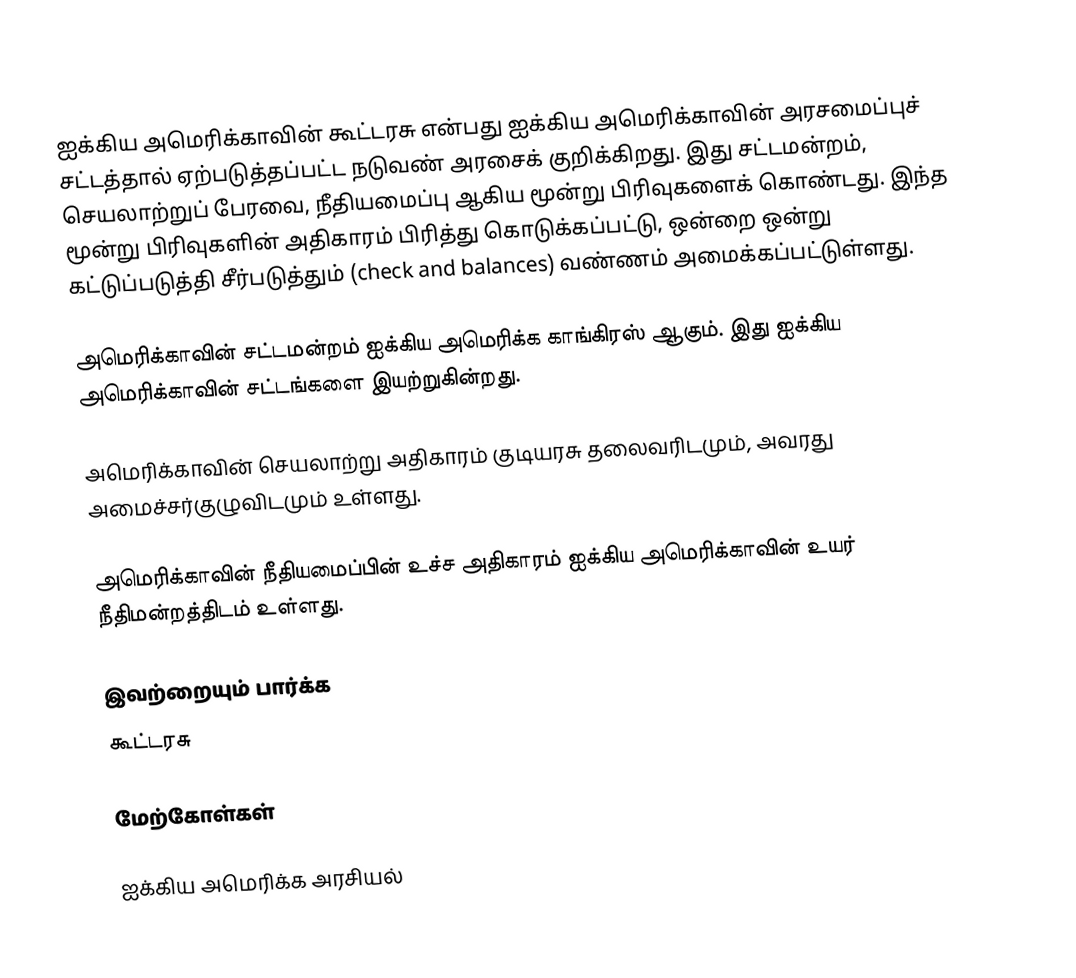
ஐக்கிய அமெரிக்காவின் கூட்டரசு என்பது ஐக்கிய அமெரிக்காவின் அரசமைப்புச் சட்டத்தால் ஏற்படுத்தப்பட்ட நடுவண் அரசைக் குறிக்கிறது. இது சட்டமன்றம், செயலாற்றுப் பேரவை, நீதியமைப்பு ஆகிய மூன்று பிரிவுகளைக் கொண்டது. இந்த மூன்று பிரிவுகளின் அதிகாரம் பிரித்து கொடுக்கப்பட்டு, ஒன்றை ஒன்று கட்டுப்படுத்தி சீர்படுத்தும் (check and balances) வண்ணம் அமைக்கப்பட்டுள்ளது.

அமெரிக்காவின் சட்டமன்றம் ஐக்கிய அமெரிக்க காங்கிரஸ் ஆகும். இது ஐக்கிய அமெரிக்காவின் சட்டங்களை இயற்றுகின்றது.

அமெரிக்காவின் செயலாற்று அதிகாரம் குடியரசு தலைவரிடமும், அவரது அமைச்சர்குழுவிடமும் உள்ளது.

அமெரிக்காவின் நீதியமைப்பின் உச்ச அதிகாரம் ஐக்கிய அமெரிக்காவின் உயர் நீதிமன்றத்திடம் உள்ளது.

இவற்றையும் பார்க்க
 கூட்டரசு

மேற்கோள்கள்

ஐக்கிய அமெரிக்க அரசியல்